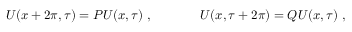
U ( x + 2 \pi , \tau ) = P U ( x , \tau ) ~ , ~ ~ ~ ~ ~ ~ ~ ~ ~ ~ ~ U ( x , \tau + 2 \pi ) = Q U ( x , \tau ) ~ ,